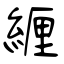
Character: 緾